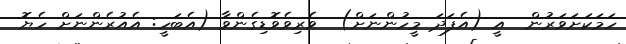
ހަމަކަށަވަރުން  އީ (އެފަދަ މީހުންނަށް)  ވެރިވެވޮޑިިގެންވާ (އެބަހީ: އެއުރެންނަށް ހެޔޮ